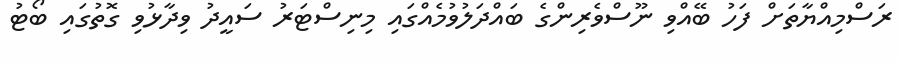
ރަސްމިއްޔާތަށް ފަހު ބޭއްވި ނޫސްވެރިންގެ ބައްދަލުވުމެއްގައި މިިނިސްޓަރު ސައީދު ވިދާޅުވި ގޮތުގައި ބޯޓު